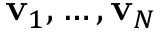
\mathbf { v } _ { 1 } , \ldots , \mathbf { v } _ { N }